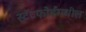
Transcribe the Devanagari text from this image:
स्टॅटफोर्डमधील